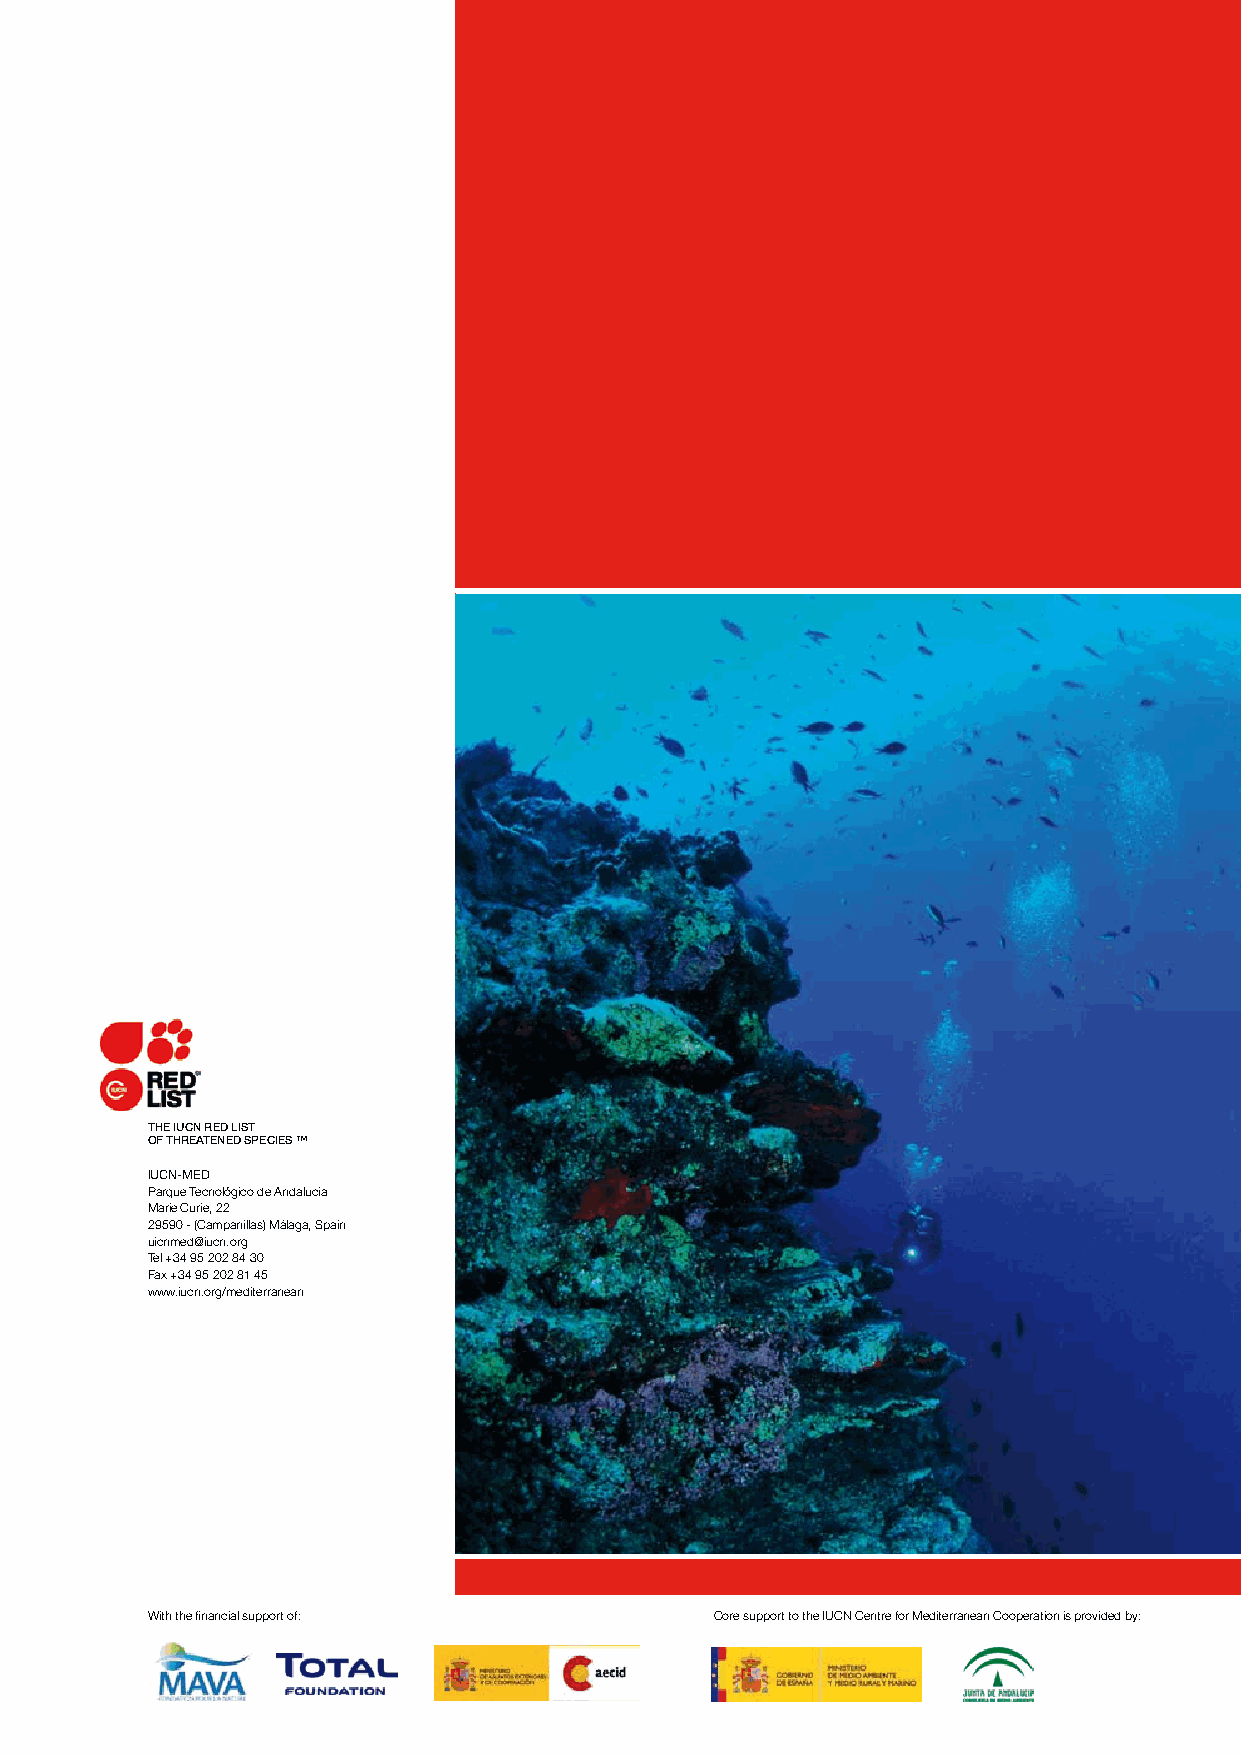
THE IUCN RED LIST
 OF THREATENED SPECIES ™
 IUCN-MED
 Parque Tecnológico de Andalucía
 Marie Curie, 22
 29590 - (Campanillas) Málaga, Spain
 uicnmed@iucn.org
 Tel +34 95 202 84 30
 Fax +34 95 202 81 45
 www.iucn.org/mediterranean
 With the financial support of:       Core support to the IUCN Centre for Mediterranean Cooperation is provided by: